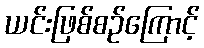
ယင်းဖြစ်စဉ်ကြောင့်